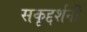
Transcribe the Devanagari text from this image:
सकृद्दर्शनी